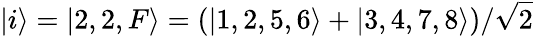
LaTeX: |i\rangle=|2,2,F\rangle=\left(|1,2,5,6\rangle+|3,4,7,8\rangle\right)/\sqrt{2}